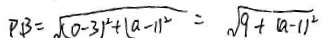
P B = \sqrt { ( 0 - 3 ) ^ { 2 } + ( a - 1 ) ^ { 2 } } = \sqrt { 9 + ( a - 1 ) ^ { 2 } }